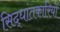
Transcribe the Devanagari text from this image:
सिद्धांतकारियों